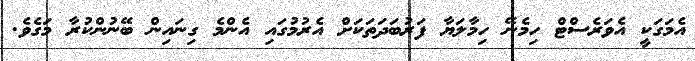
އެމަގަކީ އެވަރެސްޓް ހިމެނޭ ހިމާލަޔާ ފަރުބަދަތަކަށް އެރުމުގައި އެންމެ ގިނައިން ބޭނުންކުރާ މަގެވެ.